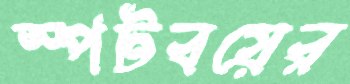
স্পটবয়ের